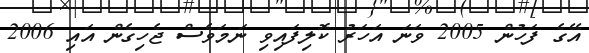
އޭގެ ފަހުން 2005 ވަނަ އަހަރު ކޮލިފައިވި ނަމަވެސް ޖެހިގެން އައި 2006